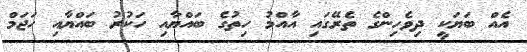
އެއް ބަޔަކީ ދިވެހިންގެ ތެރޭގައި އާއްމު ހިތުގެ ބައްޔާއި ހަކުރު ބައްޔާއި ހަޖަމް